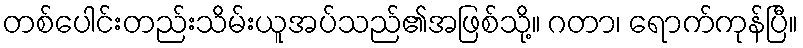
တစ်ပေါင်းတည်းသိမ်းယူအပ်သည်၏အဖြစ်သို့။ ဂတာ၊ ရောက်ကုန်ပြီ။